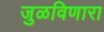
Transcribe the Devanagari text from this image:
जुळविणारा